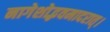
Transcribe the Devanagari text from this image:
नागेशोद्भवमादरात्‌।